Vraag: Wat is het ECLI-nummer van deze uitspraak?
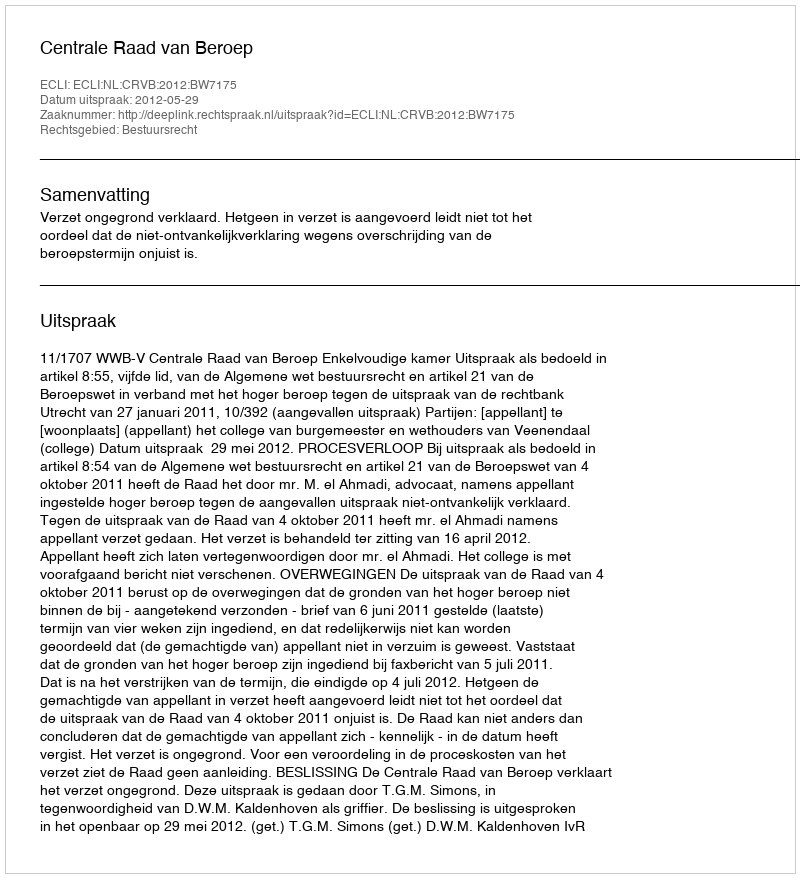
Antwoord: ECLI:NL:CRVB:2012:BW7175